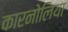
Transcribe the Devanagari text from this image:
कारनोलिया